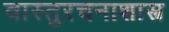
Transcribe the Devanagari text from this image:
वास्तुरचनाशास्त्र